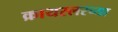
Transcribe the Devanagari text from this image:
क्रायस्लरच्या